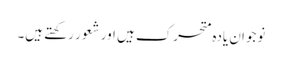
نوجوان یادہ متحرک ہیں اور شعور رکھتے ہیں۔